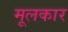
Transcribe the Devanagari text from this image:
मूलकार